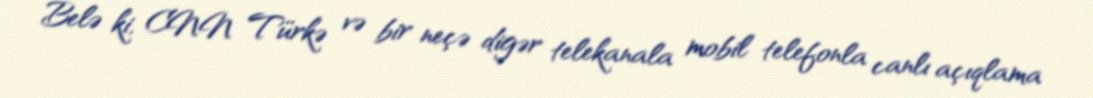
Belə ki, CNN Türkə və bir neçə digər telekanala mobil telefonla canlı açıqlama